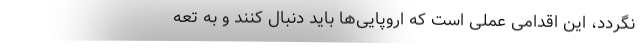
نگردد، این اقدامی عملی است که اروپایی‌ها باید دنبال کنند و به تعه